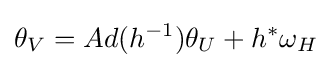
\theta _{V}=Ad(h^{-1})\theta _{U}+h^{*}\omega _{H}